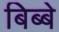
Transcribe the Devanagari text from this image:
बिब्बे